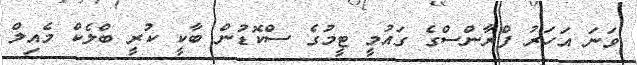
ވަނަ އަހަރު ފްރާންސްގެ ގައުމީ ޓީމުގެ ސްކޮޑުން ބާކީ ކުރީ ބްލެކް މެއިލް